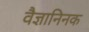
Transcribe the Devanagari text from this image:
वैज्ञानिनक